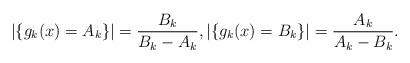
LaTeX: \begin{align*}|\{g_k(x)=A_k\}|=\frac{B_k}{B_k-A_k},|\{g_k(x)=B_k\}|=\frac{A_k}{A_k-B_k}.\end{align*}